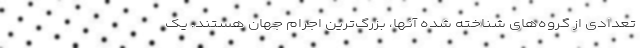
تعدادی از گروه‌های شناخته شده آنها، بزرگ‌ترین اجرام جهان هستند. یک